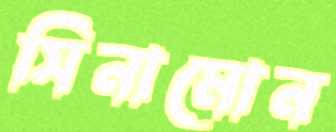
সিনামোন